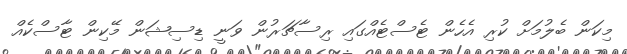
މިކަން ބެލުމަށް ކުރި އެހެން ޓެސްޓެއްގައި ރިސާޗަރުން ވަނީ ޑިސިޝަން މޭކިން ޓާސްކެއް